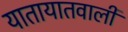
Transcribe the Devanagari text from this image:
यातायातवाली